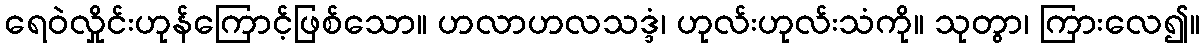
ရေဝဲလှိုင်းဟုန်ကြောင့်ဖြစ်သော။ ဟလာဟလသဒ္ဒံ၊ ဟုလ်းဟုလ်းသံကို။ သုတွာ၊ ကြားလေ၍။